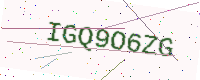
Text: IGQ9O6ZG